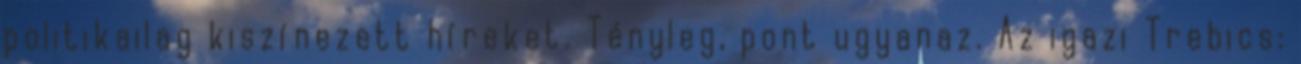
politikailag kiszínezett híreket. Tényleg, pont ugyanaz. Az igazi Trebics: